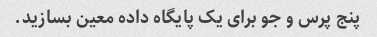
پنج پرس و جو برای یک پایگاه داده معین بسازید.